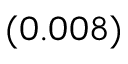
_ { ( 0 . 0 0 8 ) }